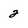
Character: 2